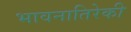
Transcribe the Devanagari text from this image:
भावनातिरेकी